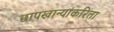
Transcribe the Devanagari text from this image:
छापखान्यांकरिता